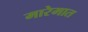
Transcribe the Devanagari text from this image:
मारेमात